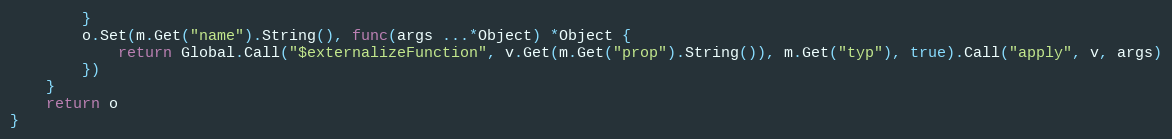
Language: Go
		}
		o.Set(m.Get("name").String(), func(args ...*Object) *Object {
			return Global.Call("$externalizeFunction", v.Get(m.Get("prop").String()), m.Get("typ"), true).Call("apply", v, args)
		})
	}
	return o
}